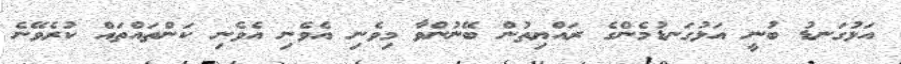
އަޅުގަނޑު ބުނީ އަޅުގަނޑުމެންގެ ރައްޔިތުން ބޭނުންވާ މިވެނި އެވެނި އެވެނި ކަންތައްތައް ކުރެވޭނެ